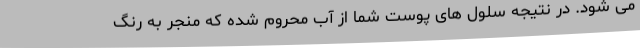
می شود. در نتیجه سلول های پوست شما از آب محروم شده که منجر به رنگ